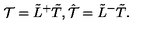
{ \cal T } = \tilde { L } ^ { + } \tilde { T } , \hat { \cal T } = \tilde { L } ^ { - } \tilde { T } .